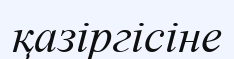
қазіргісіне